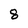
Character: 8